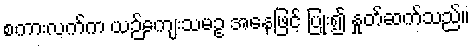
စကားလက်က ယဉ်ကျေးသမဥ အနေဖြင့် ပြုံး၍ နှုတ်ဆက်သည်။